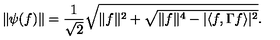
\| \psi ( f ) \| = \frac { 1 } { \sqrt { 2 } } \sqrt { \| f \| ^ { 2 } + \sqrt { \| f \| ^ { 4 } - | \langle f , \Gamma f \rangle | ^ { 2 } } } .